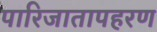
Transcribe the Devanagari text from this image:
पारिजातापहरण